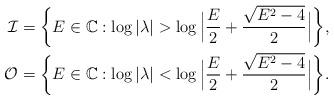
LaTeX: \begin{align*}\mathcal{I}&=\bigg\{E\in \mathbb{C}: \log|\lambda| > \log \Big|\frac{E}{2}+\frac{\sqrt{E^{2}-4}}{2}\Big| \bigg\},\\\mathcal{O}&=\bigg\{E\in \mathbb{C}: \log|\lambda| < \log \Big|\frac{E}{2}+\frac{\sqrt{E^{2}-4}}{2}\Big| \bigg\}.\end{align*}